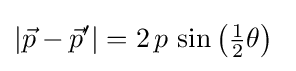
\left|{\vec {p}}-{\vec {p}}'\right|=2\,p\,\sin \left({\tfrac {1}{2}}\theta \right)~